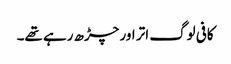
کافی لوگ اتر اور چڑھ رہے تھے۔